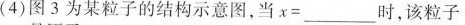
( 4 ) 图 3 为某粒子的结构示意图，当 x = ___ 时，该粒子